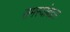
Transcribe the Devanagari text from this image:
समस्यांबद्दल